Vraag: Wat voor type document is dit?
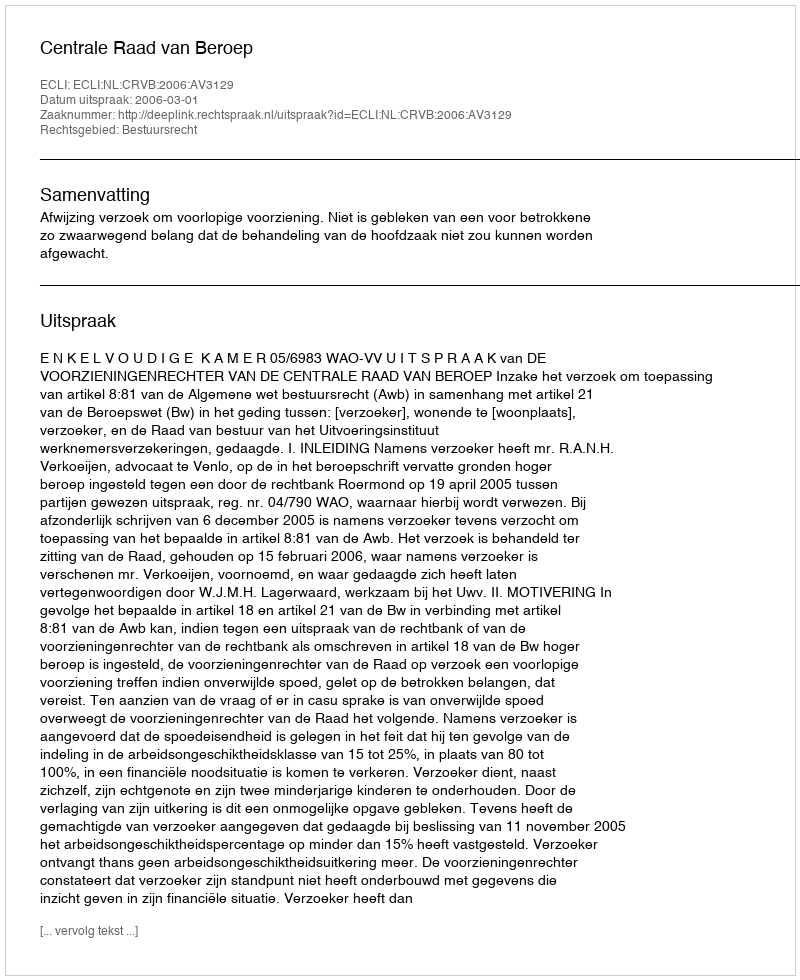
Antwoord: Uitspraak